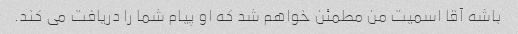
باشه آقا اسمیت من مطمئن خواهم شد که او پیام شما را دریافت می کند.